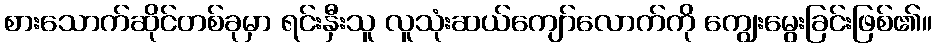
စားသောက်ဆိုင်တစ်ခုမှာ ရင်းနှီးသူ လူသုံးဆယ်ကျော်လောက်ကို ကျွေးမွေးခြင်းဖြစ်၏။